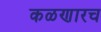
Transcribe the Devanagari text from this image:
कळणारच